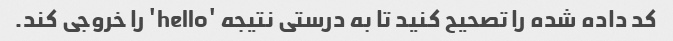
کد داده شده را تصحیح کنید تا به درستی نتیجه 'hello' را خروجی کند.